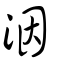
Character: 洇